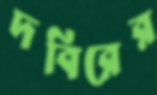
দবিরের